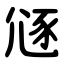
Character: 䝇